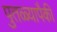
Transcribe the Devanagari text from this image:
पुतळ्यापैकी